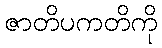
ဇာတိပကတိကို